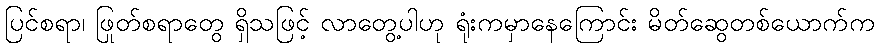
ပြင်စရာ၊ ဖြုတ်စရာတွေ ရှိသဖြင့် လာတွေ့ပါဟု ရုံးကမှာနေကြောင်း မိတ်ဆွေတစ်ယောက်က